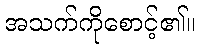
အသက်ကိုစောင့်၏။